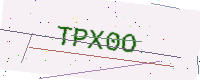
Text: TPX0O